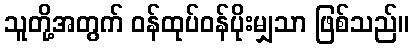
သူတို့အတွက် ဝန်ထုပ်ဝန်ပိုးမျှသာ ဖြစ်သည်။